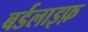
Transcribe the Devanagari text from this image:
बर्डलाइफ़